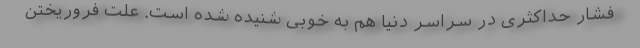
فشار حداکثری در سراسر دنیا هم به خوبی شنیده شده است. علت فروریختن